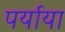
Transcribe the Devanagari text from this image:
पर्याया